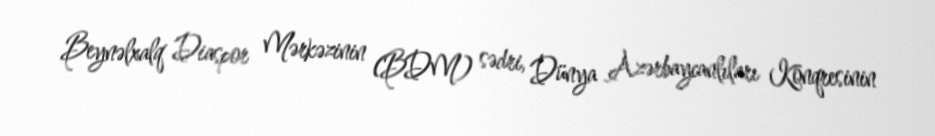
Beynəlxalq Diaspor Mərkəzinin (BDM) sədri, Dünya Azərbaycanlıları Konqresinin